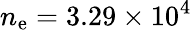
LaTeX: n_{\mathrm{e}}=3.29\times10^{4}